Civil Veterinary Department Bihar reports 1936-40 - 1936-1940
Year: 1936
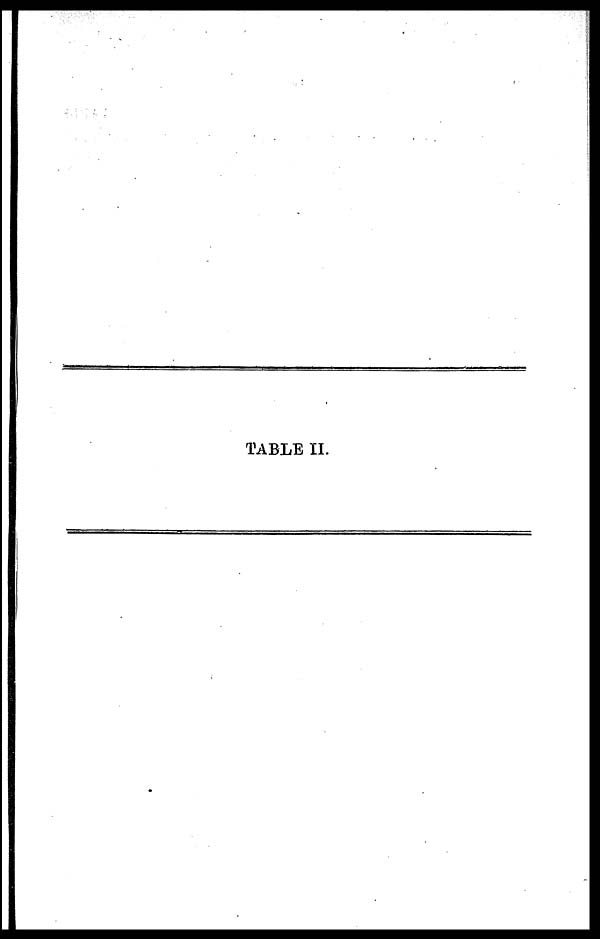
TABLE II.